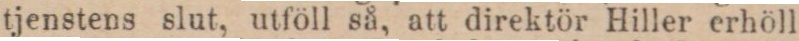
tjenstens slut, utföll så, att direktör Hiller erhöll